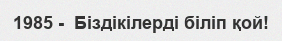
1985 -  Біздікілерді біліп қой!